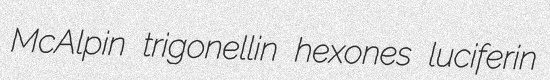
McAlpin trigonellin hexones luciferin